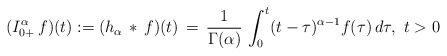
\begin{align*}(I^\alpha_{0+}\, f)(t) := (h_\alpha\, * \, f)(t) \, = \, \frac{1}{\Gamma(\alpha)}\, \int_0^t (t-\tau)^{\alpha-1}f(\tau)\, d\tau,\ t>0\end{align*}